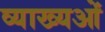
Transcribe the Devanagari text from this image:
व्याख्यओं